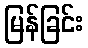
မြန်ခြင်း